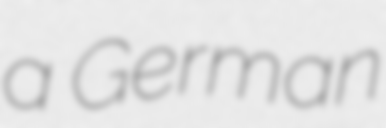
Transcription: a German